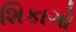
શિકાગો